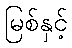
မြစ်နှင့်